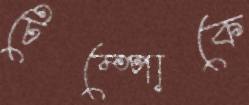
টেম্পোকে